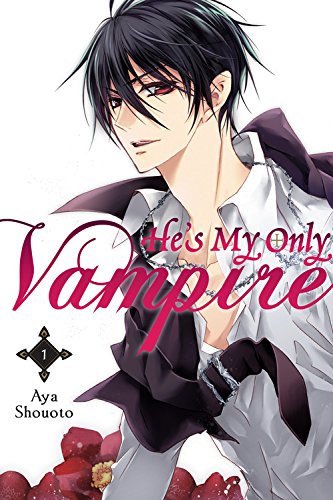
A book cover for He's My Only Vampire, Vol. 1; Aya Shouoto; Comics & Graphic Novels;